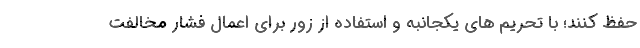
حفظ کنند؛ با تحریم های یکجانبه و استفاده از زور برای اعمال فشار مخالفت